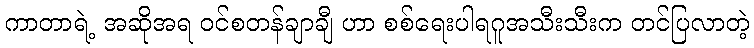
ကာတာရဲ့ အဆိုအရ ဝင်စတန်ချာချီ ဟာ စစ်ရေးပါရဂူအသီးသီးက တင်ပြလာတဲ့